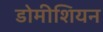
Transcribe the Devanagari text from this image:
डोमीशियन